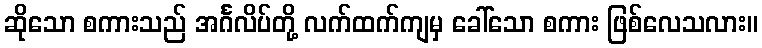
ဆိုသော စကားသည် အင်္ဂလိပ်တို့ လက်ထက်ကျမှ ခေါ်သော စကား ဖြစ်လေသလား။